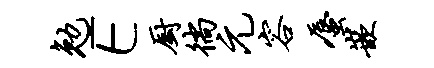
勉E厨徜元容蜃嵌